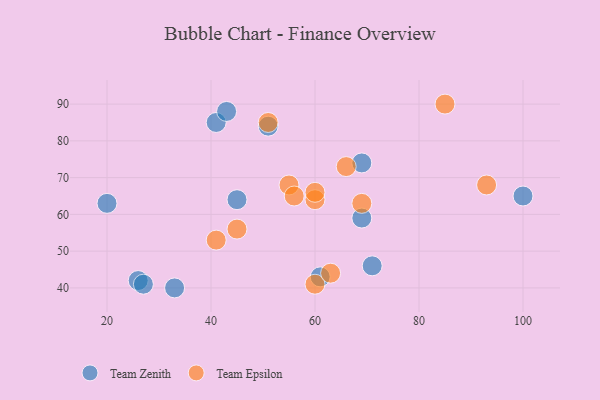
{"axis": {"x": "GDP", "y": "Life Expectancy"}, "legend": ["Team Epsilon", "Team Zenith"], "data": [{"x": "41", "y": 85, "type": "Team Zenith"}, {"x": "100", "y": 65, "type": "Team Zenith"}, {"x": "71", "y": 46, "type": "Team Zenith"}, {"x": "51", "y": 84, "type": "Team Zenith"}, {"x": "26", "y": 42, "type": "Team Zenith"}, {"x": "69", "y": 59, "type": "Team Zenith"}, {"x": "33", "y": 40, "type": "Team Zenith"}, {"x": "69", "y": 74, "type": "Team Zenith"}, {"x": "20", "y": 63, "type": "Team Zenith"}, {"x": "43", "y": 88, "type": "Team Zenith"}, {"x": "45", "y": 64, "type": "Team Zenith"}, {"x": "61", "y": 43, "type": "Team Zenith"}, {"x": "27", "y": 41, "type": "Team Zenith"}, {"x": "60", "y": 41, "type": "Team Epsilon"}, {"x": "55", "y": 68, "type": "Team Epsilon"}, {"x": "51", "y": 85, "type": "Team Epsilon"}, {"x": "85", "y": 90, "type": "Team Epsilon"}, {"x": "93", "y": 68, "type": "Team Epsilon"}, {"x": "60", "y": 64, "type": "Team Epsilon"}, {"x": "66", "y": 73, "type": "Team Epsilon"}, {"x": "69", "y": 63, "type": "Team Epsilon"}, {"x": "60", "y": 66, "type": "Team Epsilon"}, {"x": "56", "y": 65, "type": "Team Epsilon"}, {"x": "63", "y": 44, "type": "Team Epsilon"}, {"x": "41", "y": 53, "type": "Team Epsilon"}, {"x": "45", "y": 56, "type": "Team Epsilon"}]}